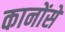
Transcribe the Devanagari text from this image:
कानोंसे